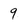
Character: 9